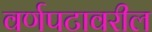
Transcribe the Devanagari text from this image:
वर्णपटावरील